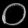
Digit: ၀